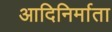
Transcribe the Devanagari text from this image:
आदिनिर्माता